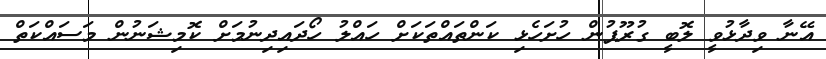
އޭނާ ވިދާޅުވީ ލޮބީ ގުރޫޕުން ހުށަހެޅި ކަންތައްތަކަށް ހައްލު ހޯދައިދިނުމަށް ކޮމިޝަނުން މަސައްކަތް